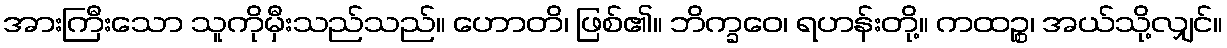
အားကြီးသော သူကိုမှီးသည်သည်။ ဟောတိ၊ ဖြစ်၏။ ဘိက္ခဝေ၊ ရဟန်းတို့။ ကထဉ္စ၊ အယ်သို့လျှင်။